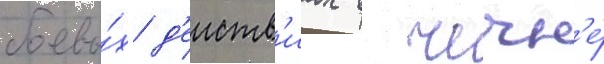
боевы́х д'еиств'иах в чечн'е́